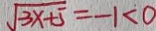
\sqrt { 3 x + 5 } = - 1 < 0